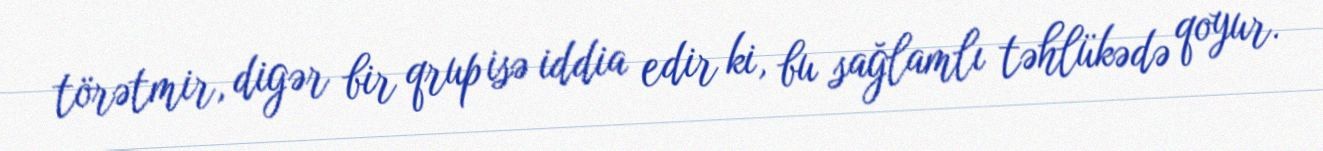
törətmir, digər bir qrup isə iddia edir ki, bu sağlamlı təhlükədə qoyur.